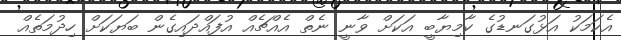
އެކަމަކު އަޅުގަނޑުގެ ކާމިޔާބީ އަކަށް ވާނީ ނެތް އެއްޗެއް އުފައްދައިގެން ބަޔަކަށް ހިދުމަތެއް